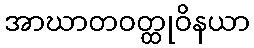
အာဃာတဝတ္ထုဝိနယာ